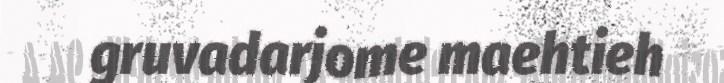
gruvadarjome maehtieh